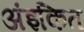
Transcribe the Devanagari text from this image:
अंइकित